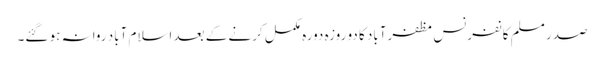
صدر مسلم کانفرنس مظفرآباد کا دو روزہ دورہ مکمل کرنے کے بعد اسلام آباد روانہ ہو گئے۔